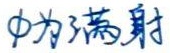
$\phi$为满射